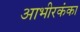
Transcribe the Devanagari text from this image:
आभीरकंका